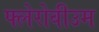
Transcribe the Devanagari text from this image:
फ्लेरोवीउम